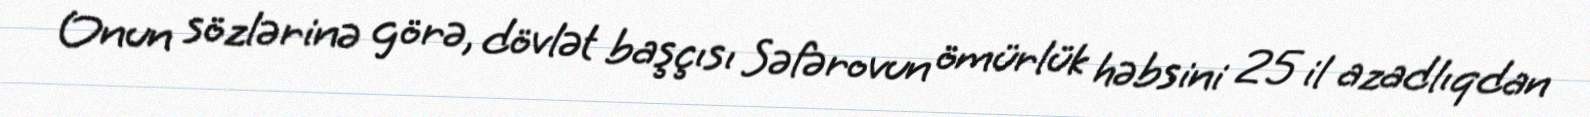
Onun sözlərinə görə, dövlət başçısı Səfərovun ömürlük həbsini 25 il azadlıqdan